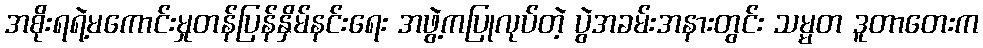
အစိုးရရဲ့မကောင်းမှုတန်ပြန်နှိမ်နင်းရေး အဖွဲ့ကပြုလုပ်တဲ့ ပွဲအခမ်းအနားတွင်း သမ္မတ ဒူတာတေးက